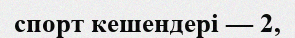
спорт кешендері — 2,